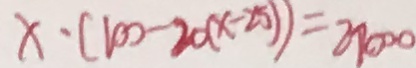
x \cdot ( 1 0 0 - 2 0 ( x - 2 5 ) ) = 2 7 0 0 0